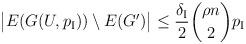
LaTeX: \begin{align*} \big|E(G(U,p_{\rm I}))\setminus E(G')\big| \leq \frac{\delta_{\rm I}}{2}\binom{\rho n}{2}p_{\rm I}\end{align*}